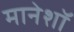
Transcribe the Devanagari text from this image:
मानेशॉ